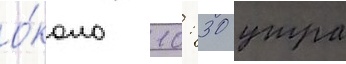
о́коло 10: 30 утра